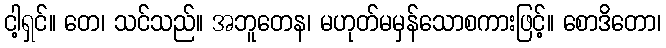
ငါ့ရှင်။ တေ၊ သင်သည်။ အဘူတေန၊ မဟုတ်မမှန်သောစကားဖြင့်။ စောဒိတော၊